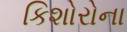
કિશોરોના